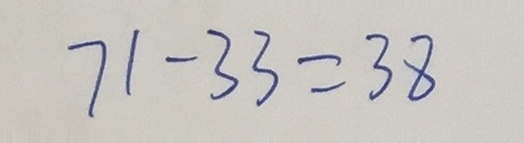
7 1 - 3 3 = 3 8